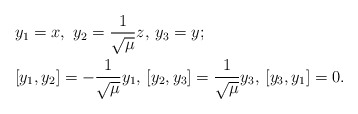
\begin{align*} &y_1=x, \ y_2=\frac{1}{\sqrt{\mu}}z, \, y_3=y;\\ &[y_1,y_2]=-\frac{1}{\sqrt{\mu}}y_1, \, [y_2,y_3]=\frac{1}{\sqrt{\mu}}y_3, \, [y_3,y_1]=0.\end{align*}